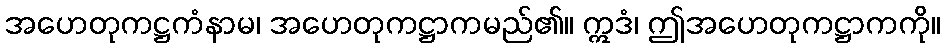
အဟေတုကဋ္ဌကံနာမ၊ အဟေတုကဋ္ဌာကမည်၏။ ဣဒံ၊ ဤအဟေတုကဋ္ဌာကကို။